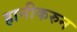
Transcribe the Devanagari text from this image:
हानीकरुन